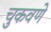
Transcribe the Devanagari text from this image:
चुकवणे